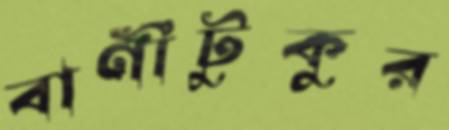
বাণীটুকুর